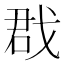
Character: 𢧃